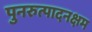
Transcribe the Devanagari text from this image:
पुनरुत्पादनक्षम